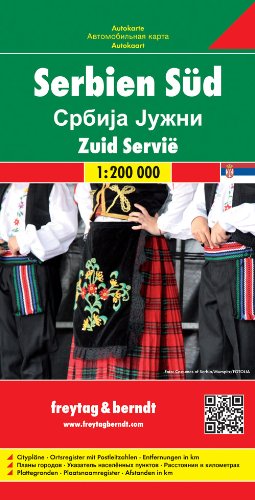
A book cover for Serbia South: FB.J148; Travel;